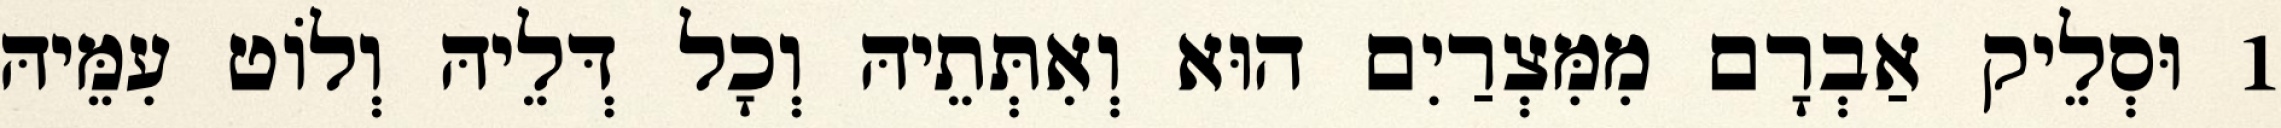
1 וּסְלֵיק אַבְרָם מִמִּצְרַיִם הוּא וְאִתְּתֵיהּ וְכָל דְּלֵיהּ וְלוֹט עִמֵּיהּ